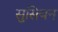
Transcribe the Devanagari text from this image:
सुसियन